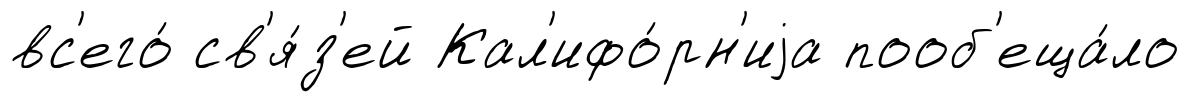
вс'его́ св'я́з'ей Кал'ифо́рн'иjа пооб'еща́ло